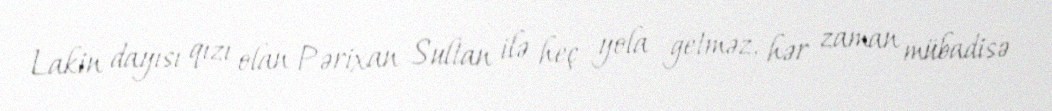
Lakin dayısı qızı olan Pərixan Sultan ilə heç yola getməz, hər zaman mübadisə